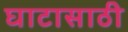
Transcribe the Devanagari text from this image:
घाटासाठी